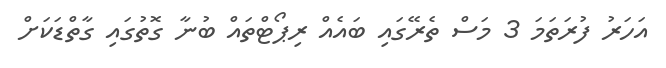
އަހަރު ފުރަތަމަ 3 މަސް ތެރޭގައި ބައެއް ރިޕޯޓްތައް ބުނާ ގޮތުގައި ގާތްޑަކަށް